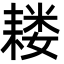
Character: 耧